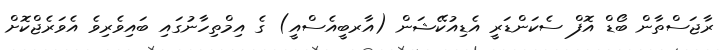
ރާޖަސްތާން ބޯޑް އޮފް ސެކަންޑަރީ އެޑިއުކޭޝަން (އާރބީއެސްއީ) ގެ އިމްތިހާނުގައި ބައިވެރިވެ އެވަރެޖްކޮށް